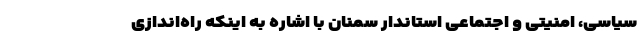
سیاسی، امنیتی و اجتماعی استاندار سمنان با اشاره به اینکه راه‌اندازی